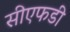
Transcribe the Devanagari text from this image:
सीएफडी